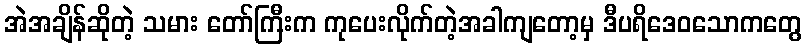
အဲအချိန်ဆိုတဲ့ သမား တော်ကြီးက ကုပေးလိုက်တဲ့အခါကျတော့မှ ဒီပရိဒေဝသောကတွေ